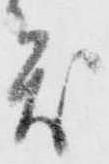
災